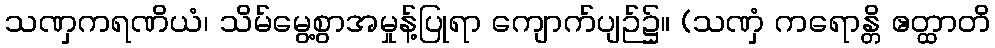
သဏှကရဏိယံ၊ သိမ်မွေ့စွာအမှုန့်ပြုရာ ကျောက်ပျဉ်၌။ (သဏှံ ကရောန္တိ ဧတ္ထာတိ